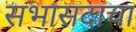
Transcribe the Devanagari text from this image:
सभासदाचा